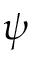
\psi